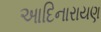
આદિનારાયણ